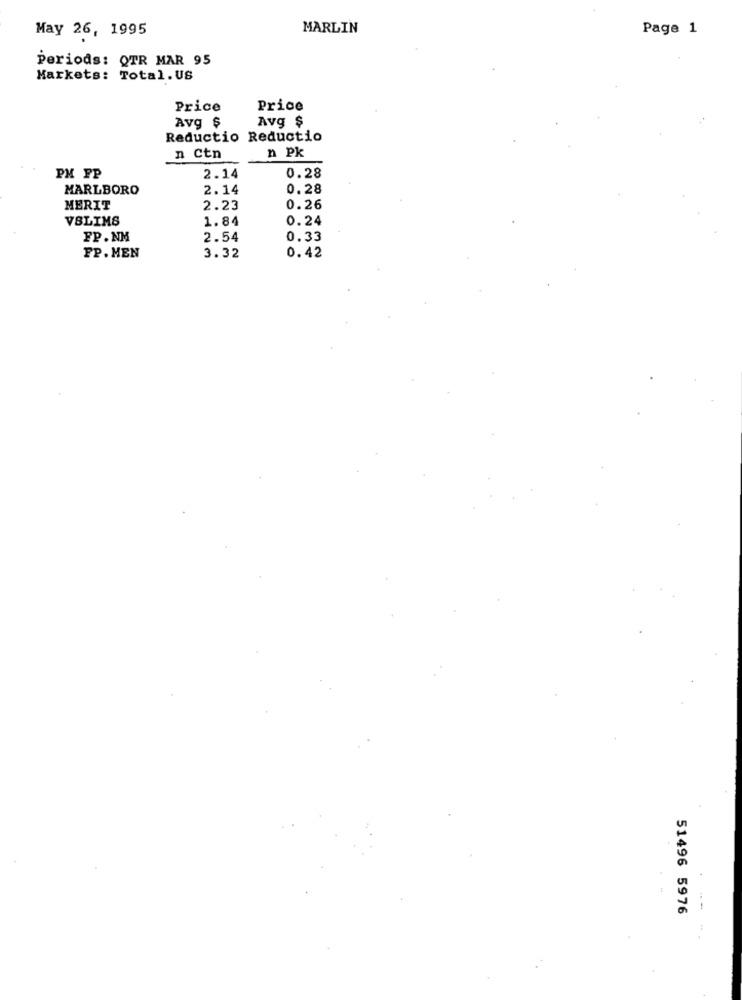
May 26, 1995
MARLIN
Page 1
periods: QTR MAR 95
Markets: Total. US
Price
Price
Avg $
Avg $
Reductio Reductio
n Pk
n Ctn
PM FP
2.14
0.28
MARLBORO
2.14
0.28
MERIT
2.23
0.26
VBLIMS
1.84
0.24
FP.NM
2.54
0.33
0.42
FP. MEN
3.32
51496 5976